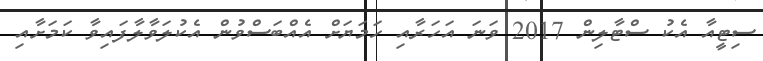
ސިޓީއާ އެކު ސްޓާލިން 2017 ވަނަ އަހަރާއި ހަމަޔަށް އެއްބަސްވުން އެކުލަވާލާފައިވާ ކަމަށާއި